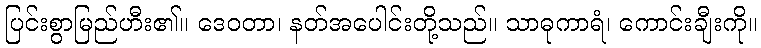
ပြင်းစွာမြည်ဟီး၏။ ဒေဝတာ၊ နတ်အပေါင်းတို့သည်။ သာဓုကာရံ၊ ကောင်းချီးကို။